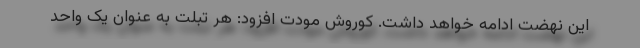
این نهضت ادامه خواهد داشت. کوروش مودت افزود: هر تبلت به عنوان یک واحد